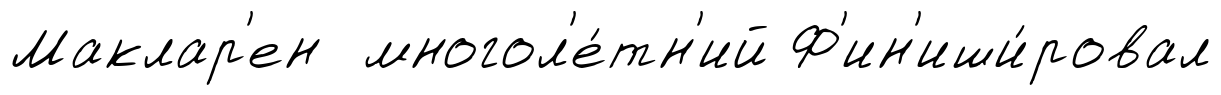
Маклар'ен многол'е́тн'ий Ф'ин'иши́ровал